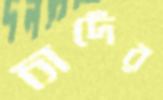
চাদেঁর